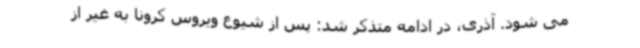
می شود. آذری، در ادامه متذکر شد: پس از شیوع ویروس کرونا به غیر از